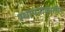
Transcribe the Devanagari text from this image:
स्थापनाकालीन